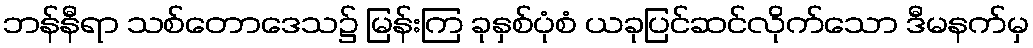
ဘန်နီရာ သစ်တောဒေသ၌ မြန်းကြ ခုနှစ်ပုံစံ ယခုပြင်ဆင်လိုက်သော ဒီမနက်မှ